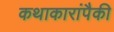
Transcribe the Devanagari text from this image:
कथाकारांपैकी